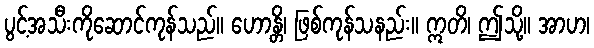
ပွင့်အသီးကိုဆောင်ကုန်သည်။ ဟောန္တိ၊ ဖြစ်ကုန်သနည်း။ ဣတိ၊ ဤသို့။ အာဟ၊